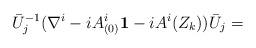
LaTeX: \begin{align*}\bar{U}_j^{-1} (\nabla^i- i A^i_{(0)}{\bf 1} - i A^i(Z_k) ) \bar{U}_j =\end{align*}